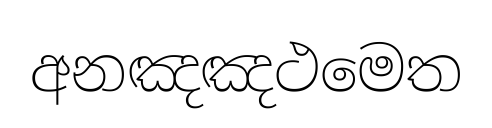
අනඤඤථමෙත